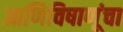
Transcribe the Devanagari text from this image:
आणिविषाणूंचा